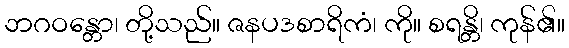
ဘဂဝန္တော၊ တို့သည်။ ဇနပဒစာရိကံ၊ ကို။ စရန္တိ၊ ကုန်၏။